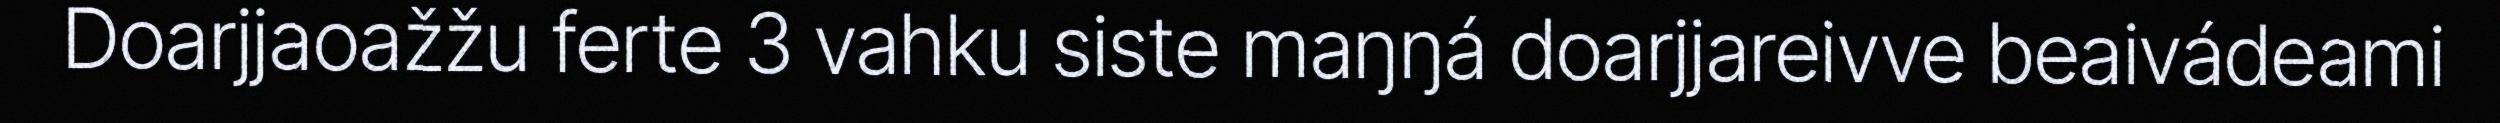
Doarjjaoažžu ferte 3 vahku siste maŋŋá doarjjareivve beaivádeami